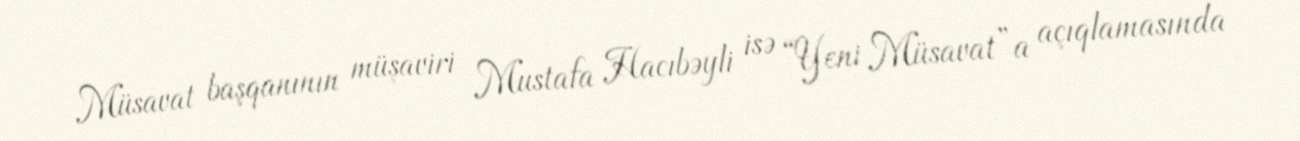
Müsavat başqanının müşaviri Mustafa Hacıbəyli isə “Yeni Müsavat”a açıqlamasında